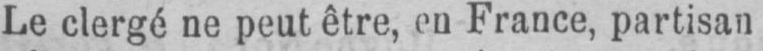
Le clergé ne peut être, en France, partisan